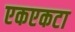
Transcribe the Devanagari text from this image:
एकएकटा